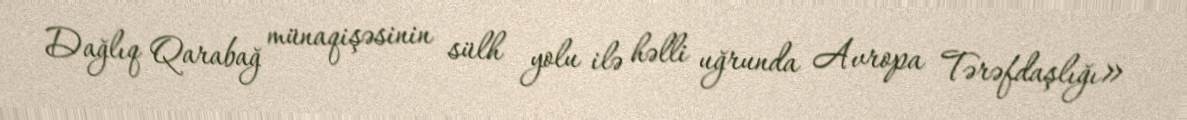
Dağlıq Qarabağ münaqişəsinin sülh yolu ilə həlli uğrunda Avropa Tərəfdaşlığı»